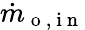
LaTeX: \dot{m}_{\mathrm{~o~,~i~n~}}